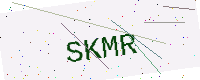
Text: SKMR